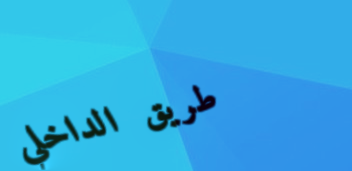
طريق الداخلي